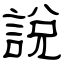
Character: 說